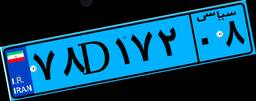
۷۶D۶۹۳۴۰